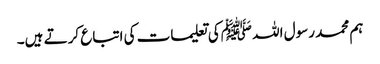
ہم محمد رسول اللہ ﷺکی تعلیمات کی اتباع کرتے ہیں۔